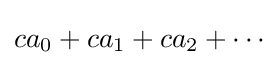
{\textstyle ca_{0}+ca_{1}+ca_{2}+\cdots }